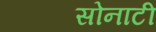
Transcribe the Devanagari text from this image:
सोनाटी